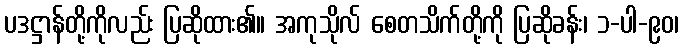
ပဒဋ္ဌာန်တို့ကိုလည်း ပြဆိုထား၏။ အကုသိုလ် စေတသိက်တို့ကို ပြဆိုခန်း၊ ၁-ပါ-၉၀၊